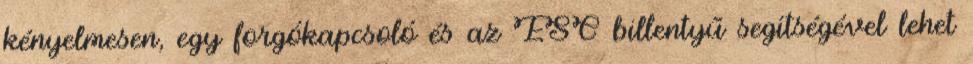
kényelmesen, egy forgókapcsoló és az ESC billentyű segítségével lehet